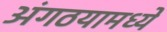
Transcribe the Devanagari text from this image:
अंगठयामध्ये